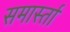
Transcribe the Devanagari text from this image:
समार्स्ता